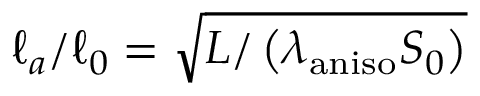
\ell _ { a } / \ell _ { 0 } = \sqrt { L / \left( \lambda _ { \mathrm { a n i s o } } S _ { 0 } \right) }